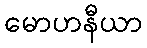
မောဟနီယာ